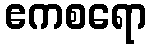
ဧကစရော